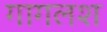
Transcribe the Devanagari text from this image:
गागलश